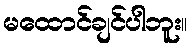
မထောင်ချင်ပါဘူး။